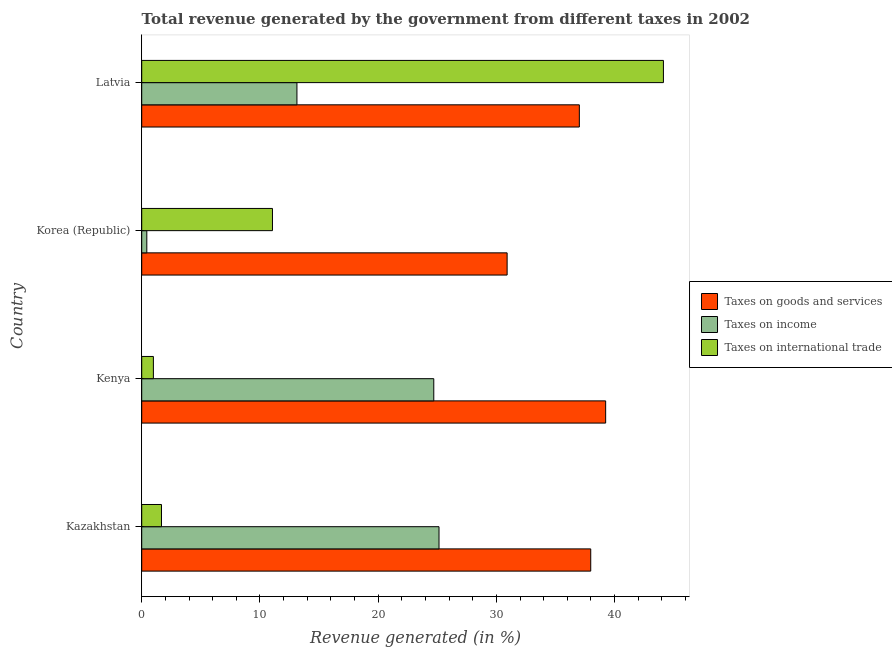
| Country | Taxes on goods and services | Taxes on income | Taxes on international trade |
 | --- | --- | --- | --- |
 | Kazakhstan | 38 | 25.1 | 1.67 |
 | Kenya | 39.2 | 24.7 | 0.987 |
 | Korea (Republic) | 30.9 | 0.43 | 11.1 |
 | Latvia | 37 | 13.1 | 44.1 |